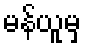
မန်ယူမှ